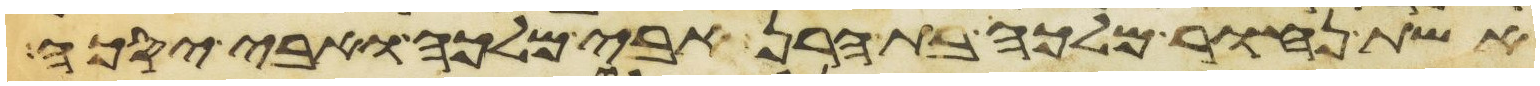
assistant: אשת נחור מלכה בת הרן אבי מלכה ואבי יסכה